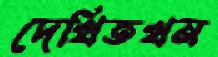
দেখিতখন